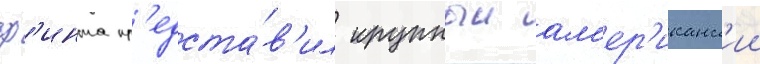
ф'инта пр'едста́в'ил крупныи ам'ер'иканск'ии